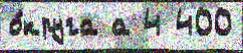
о́круга а 4 400